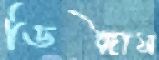
ডিঙ্গাস